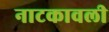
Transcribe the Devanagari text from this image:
नाटकावली